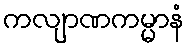
ကလျာဏကမ္မာနံ